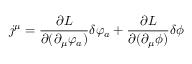
j ^ { \mu } = \frac { \partial L } { \partial ( \partial _ { \mu } \varphi _ { a } ) } \delta \varphi _ { a } + \frac { \partial L } { \partial ( \partial _ { \mu } \phi ) } \delta \phi